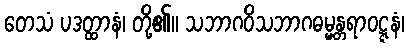
တေသံ ပဒတ္ထာနံ၊ တို့၏။ သဘာဂဝိသဘာဂဓမ္မန္တရာဝဋ္ဋနံ၊